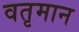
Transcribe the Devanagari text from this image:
वतृमान